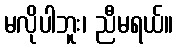
မလိုပါဘူး၊ ညီမရယ်။